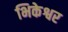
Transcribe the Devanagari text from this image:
भिकेश्वर